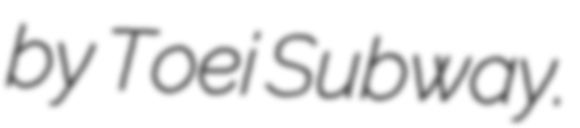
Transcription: by Toei Subway.